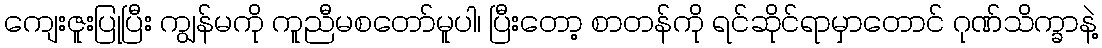
ကျေးဇူးပြုပြီး ကျွန်မကို ကူညီမစတော်မူပါ၊ ပြီးတော့ စာတန်ကို ရင်ဆိုင်ရာမှာတောင် ဂုဏ်သိက္ခာနဲ့